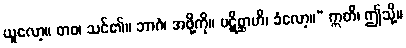
ယူလော့။ တဝ၊ သင်၏။ ဘာဂံ၊ အဖို့ကို။ ပဋိစ္ဆာဟိ၊ ခံလော့။” ဣတိ၊ ဤသို့။